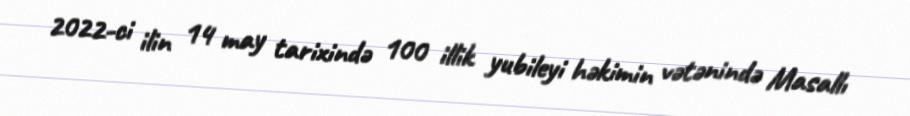
2022-ci ilin 14 may tarixində 100 illik yubileyi həkimin vətənində Masallı